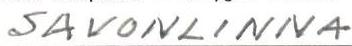
SAVONLINNA